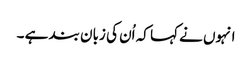
انہوں نے کہا کہ اُن کی زبان بند ہے ۔